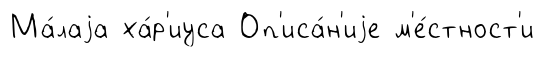
Ма́лаjа ха́р'иуса Оп'иса́н'иjе м'е́стност'и